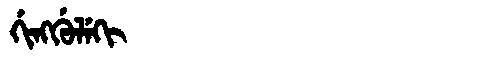
Manchu: ᡤᡳᠩᡤᡠᠯᡝᡴᡳ
Romanization: GINGGULEKI